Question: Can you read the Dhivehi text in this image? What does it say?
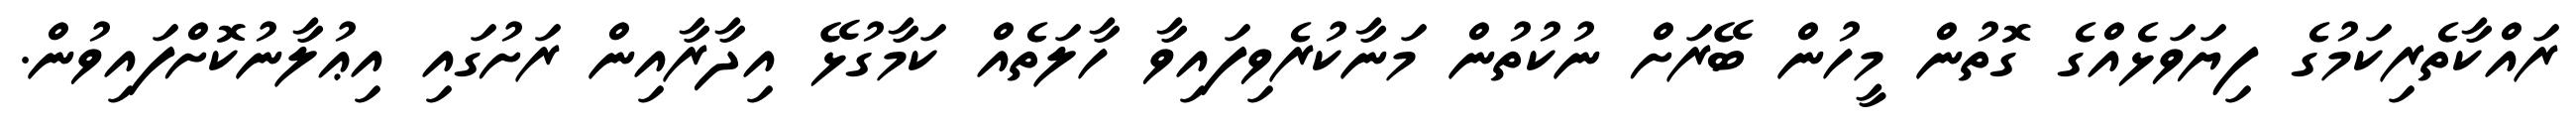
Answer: ރައްކާތެރިކަމުގެ ފިޔަވަޅެއްގެ ގޮތުން މީހުން ބޭރަށް ނުކުތުން މަނާކުރެވިފައިވާ ހާލަތެއް ކަމާގުޅޭ އިދާރާއިން ރަށުގައި އިޢުލާނުކޮށްފައިވުން.